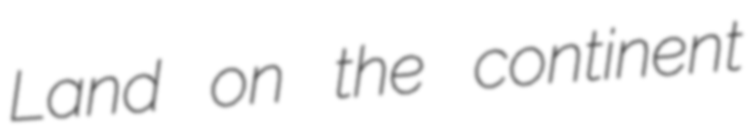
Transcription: Land on the continent